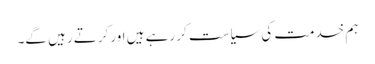
ہم خدمت کی سیاست کر رہے ہیں اور کرتے رہیں گے۔